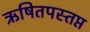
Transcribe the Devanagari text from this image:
ऋषितपस्तप्त